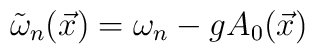
\tilde{\omega}_{n}(\vec{x}) = \omega_{n} - g A_{0}(\vec{x})